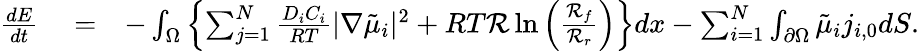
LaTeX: \begin{array}{rlr}{\frac{dE}{dt}}&{{}=}&{-\int_{\Omega}\left\{ \sum_{j=1}^{N}\frac{D_{i}C_{i}}{RT}|\nabla\tilde{\mu}_{i}|^{2}+RT\mathcal{R}\ln\left(\frac{\mathcal{R}_{f}}{\mathcal{R}_{r}}\right)\right\} dx-\sum_{i=1}^{N}\int_{\partial\Omega}\tilde{\mu}_{i}j_{i,0}dS.}\end{array}